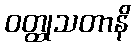
ဝတ္ထုသတာနိ